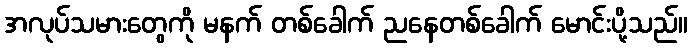
အလုပ်သမားတွေကို မနက် တစ်ခေါက် ညနေတစ်ခေါက် မောင်းပို့သည်။